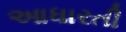
આધારતી